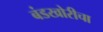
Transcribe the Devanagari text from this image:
बंडखोरीचा